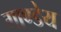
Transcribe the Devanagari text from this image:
गाण्डेय